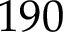
1 9 0